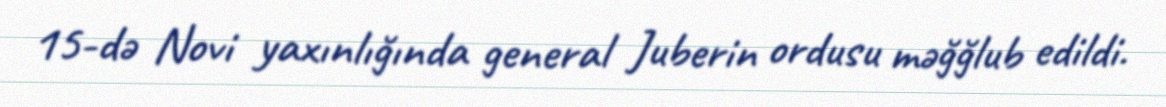
15-də Novi yaxınlığında general Juberin ordusu məğğlub edildi.